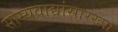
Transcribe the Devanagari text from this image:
साम्यवाद्यांसारख्पा